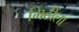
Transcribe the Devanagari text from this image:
मिठीला